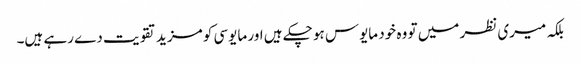
بلکہ میری نظر میں تو وہ خود مایوس ہو چکے ہیں اور مایوسی کو مزید تقویت دے رہے ہیں۔